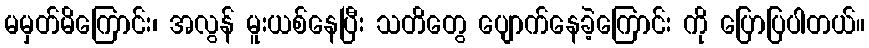
မမှတ်မိကြောင်း၊ အလွန် မူးယစ်နေပြီး သတိတွေ ပျောက်နေခဲ့ကြောင်း ကို ပြောပြပါတယ်။